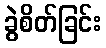
ခွဲစိတ်ခြင်း